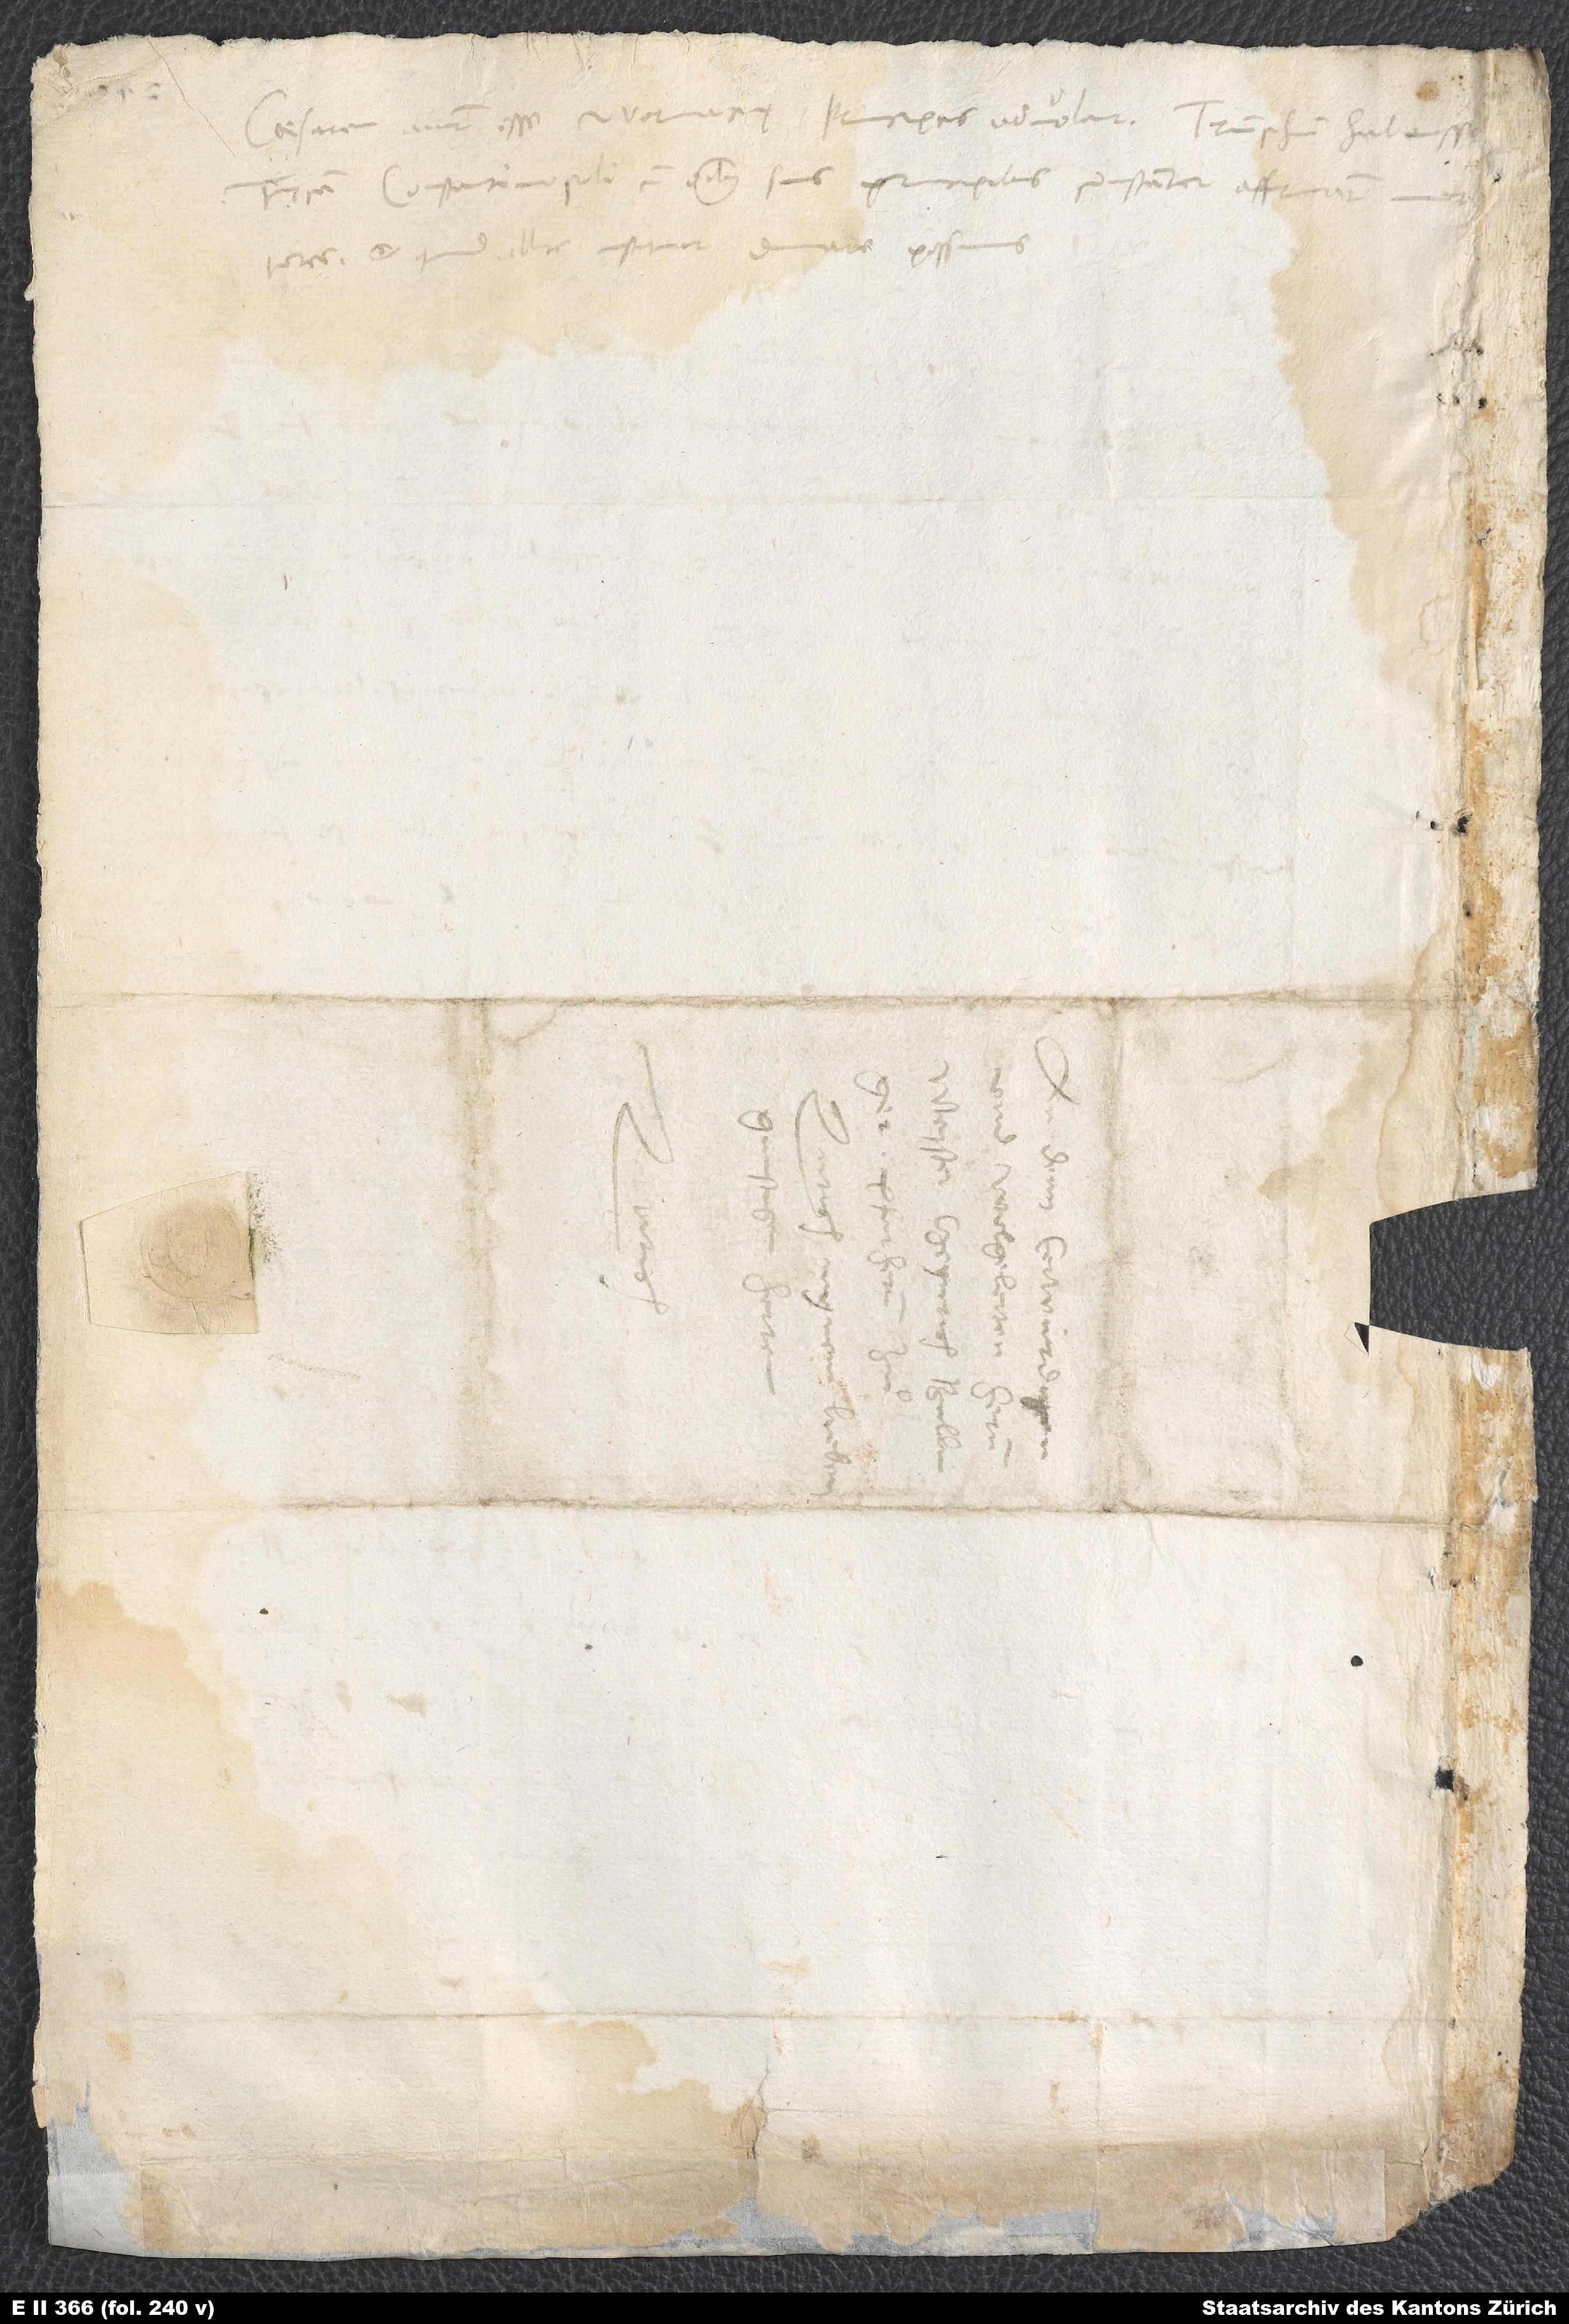
Caesarem aiunt esse Wormacię. P rincipes advolant. Triumphum habuisse
Turcam Constantinopoli cum omnibus suis principibus constanter affirmant
mertores, et quid illic instituat, divinare possumus.